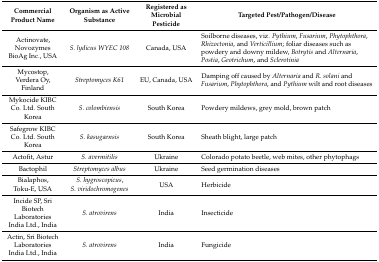
<table><thead><tr><td><b>Commercial Product Name</b></td><td><b>Organism as Active Substance</b></td><td><b>Registered as Microbial Pesticide</b></td><td><b>Targeted Pest/Pathogen/Disease</b></td></tr></thead><tbody><tr><td>Actinovate, Novozymes BioAg Inc., USA</td><td><i>S. lydicus WYEC 108</i></td><td>Canada, USA</td><td>Soilborne diseases, viz. <i>Pythium</i>, <i>Fusarium</i>, <i>Phytophthora</i>, <i>Rhizoctonia</i>, and <i>Verticillium</i>; foliar diseases such as powdery and downy mildew, <i>Botrytis</i> and <i>Alternaria</i>, <i>Postia</i>, <i>Geotrichum</i>, and <i>Sclerotinia</i></td></tr><tr><td>Mycostop, Verdera Oy, Finland</td><td><i>Streptomyces K61</i></td><td>EU, Canada, USA</td><td>Damping off caused by <i>Alternaria</i> and <i>R. solani</i> and <i>Fusarium</i>, <i>Phytophthora</i>, and <i>Pythium</i> wilt and root diseases</td></tr><tr><td>Mykocide KIBC Co. Ltd. South Korea</td><td><i>S. colombiensis</i></td><td>South Korea</td><td>Powdery mildews, grey mold, brown patch</td></tr><tr><td>Safegrow KIBC Co. Ltd. South Korea</td><td><i>S. kasugaensis</i></td><td>South Korea</td><td>Sheath blight, large patch</td></tr><tr><td>Actofit, Astur</td><td><i>S. avermitilis</i></td><td>Ukraine</td><td>Colorado potato beetle, web mites, other phytophags</td></tr><tr><td>Bactophil</td><td><i>Streptomyces albus</i></td><td>Ukraine</td><td>Seed germination diseases</td></tr><tr><td>Bialaphos, Toku-E, USA</td><td><i>S. hygroscopicus</i>, <i>S. viridochromogenes</i></td><td>USA</td><td>Herbicide</td></tr><tr><td>Incide SP, Sri Biotech Laboratories India Ltd., India</td><td><i>S. atrovirens</i></td><td>India</td><td>Insecticide</td></tr><tr><td>Actin, Sri Biotech Laboratories India Ltd., India</td><td><i>S. atrovirens</i></td><td>India</td><td>Fungicide</td></tr></tbody></table>